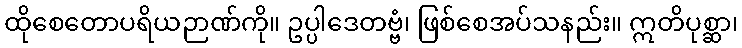
ထိုစေတောပရိယဉာဏ်ကို။ ဥပ္ပါဒေတဗ္ဗံ၊ ဖြစ်စေအပ်သနည်း။ ဣတိပုစ္ဆာ၊